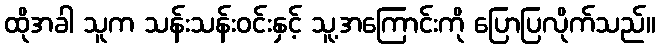
ထိုအခါ သူက သန်းသန်းဝင်းနှင့် သူ့အကြောင်းကို ပြောပြလိုက်သည်။